Rangoon Lunatic Asylum 1893-1897 - 1893-1897
Year: 1893
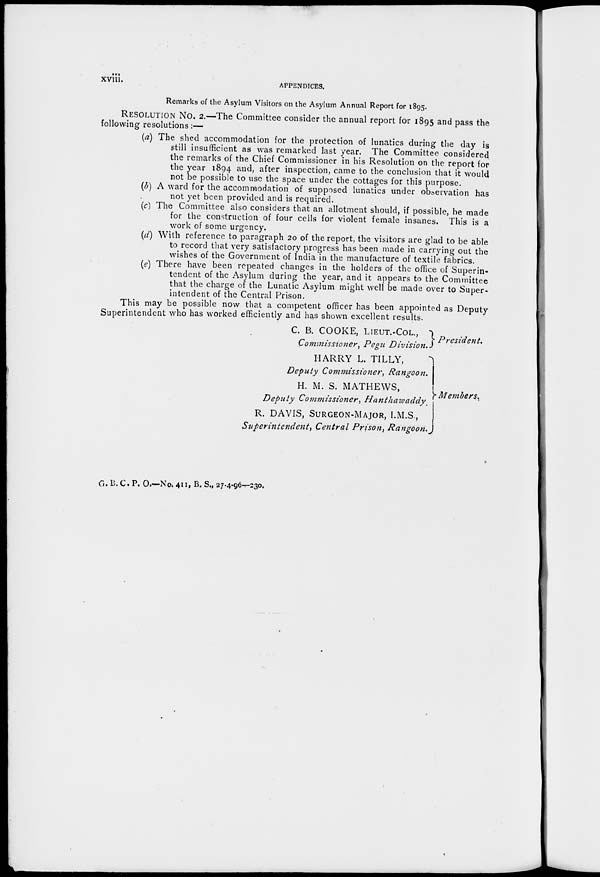
xviii.
APPENDICES.
Remarks of the Asylum Visitors on the Asylum Annual Report for 1895.
RESOLUTION No. 2.—The Committee consider the annual report for 1895 and pass the
following resolutions:—
(a) The shed accommodation for the protection of lunatics during the day is
still insufficient as was remarked last year. The Committee considered
the remarks of the Chief Commissioner in his Resolution on the report for
the year 1894 and, after inspection, came to the conclusion that it would
not be possible to use the space under the cottages for this purpose.
(b) A ward for the accommodation of supposed lunatics under observation has
not yet been provided and is required.
(c) The Committee also considers that an allotment should, if possible, be made
for the construction of four cells for violent female insanes. This is a
work of some urgency.
(d) With reference to paragraph 20 of the report, the visitors are glad to be able
to record that very satisfactory progress has been made in carrying out the
wishes of the Government of India in the manufacture of textile fabrics.
(e) There have been repeated changes in the holders of the office of Superin-
tendent of the Asylum during the year, and it appears to the Committee
that the charge of the Lunatic Asylum might well be made over to Super-
intendent of the Central Prison.
This may be possible now that a competent officer has been appointed as Deputy
Superintendent who has worked efficiently and has shown excellent results.
C. B. COOKE, LIEUT.-COL.,
Commissioner, Pegu Division.
HARRY L. TILLY,
Deputy Commissioner, Rangoon.
H. M. S. MATHEWS,
Deputy Commissioner,
Hanthawaddy.
R. DAVIS, SURGEON-MAJOR, I.M.S.,
Superintendent, Central Prison, Rangoon.
President.
Members.
G. B. C. P. O.—No. 411, B. S., 27-4-96—230.